Civil Veterinary Department Bihar reports 1936-40 - 1936-1940
Year: 1936
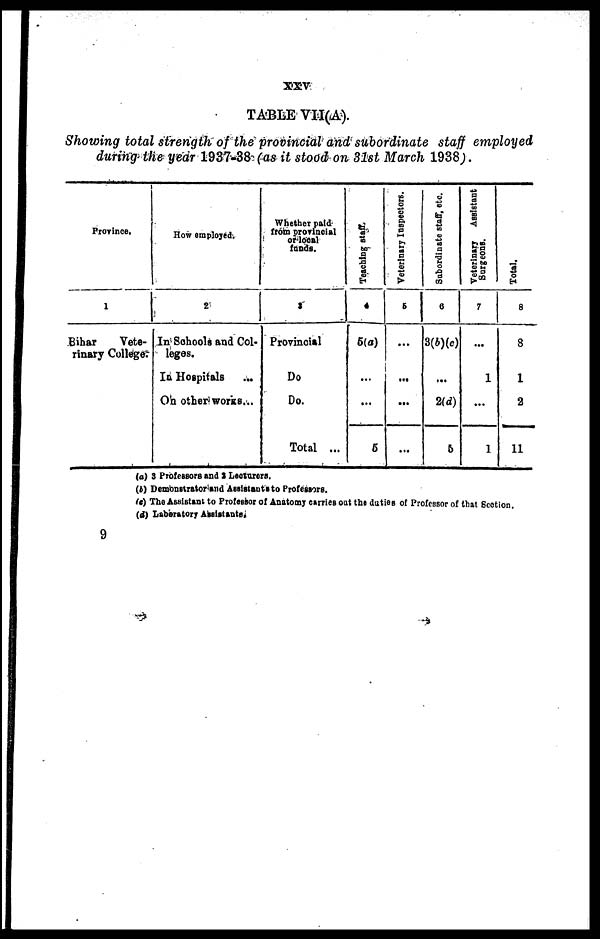
xxv
TABLE VII(A).
Showing total strength of the provincial and subordinate staff employed
during the year 1937-38 (as it stood on 31st March 1938).
Province.
1
Bihar
Vete-
rinary College.
How employed.
2
In Schools and Col-
leges.
In Hospitals ...
On other works ...
Whether paid
from provincial
or local
funds.
3
Provincial
Do
Do.
Total ...
Teaching staff.
4
5(a)
...
...
5
Veterinary Inspectors.
5
...
...
...
...
Subordinate staff, etc.
6
3(b)(c)
...
2(d)
5
Veterinary
Assistant
Surgeons.
7
...
1
...
1
Total.
8
8
1
2
11
(a) 3 Professors and 2 Lecturers.
(b) Demonstrator and Assistants to Professors.
(c) The Assistant to Professor of Anatomy carries out the duties of Professor of that Section.
(d) Laberatory Assistants.
9